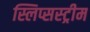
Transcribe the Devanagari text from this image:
स्लिप्सस्ट्रीम